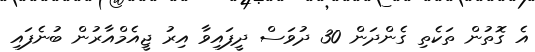
އެ ގޮތުން ތަކެތި ގެންދަން 30 ދުވަސް ދީފައިވާ އިރު ޖީއެމްއާރުން ބުނެފައި